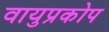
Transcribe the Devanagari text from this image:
वायुप्रकोप